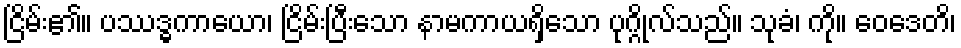
ငြိမ်း၏။ ပဿဒ္ဓကာယော၊ ငြိမ်းပြီးသော နာမကာယရှိသော ပုဂ္ဂိုလ်သည်။ သုခံ၊ ကို။ ဝေဒေတိ၊